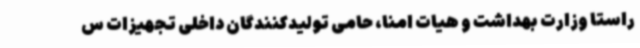
راستا وزارت بهداشت و هیات امنا، حامی تولیدکنندگان داخلی تجهیزات س